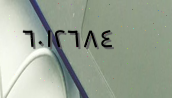
٦٠١٢٦٨٤